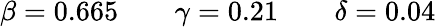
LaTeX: \beta=0.665\qquad\gamma=0.21\qquad\delta=0.04